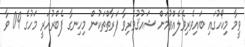
ވީމާ މިކޯހުގައި ބައިވެރިވެލެއްވުމަށް ޝައުޤުވެރިވާ ފަރާތްތަކުން މިހިނގާ ފެބްރުއަރީ މަހުގެ 09 ވާ